Punjab Mental Hospital Lahore 1932-46 - 1932-1946
Year: 1932
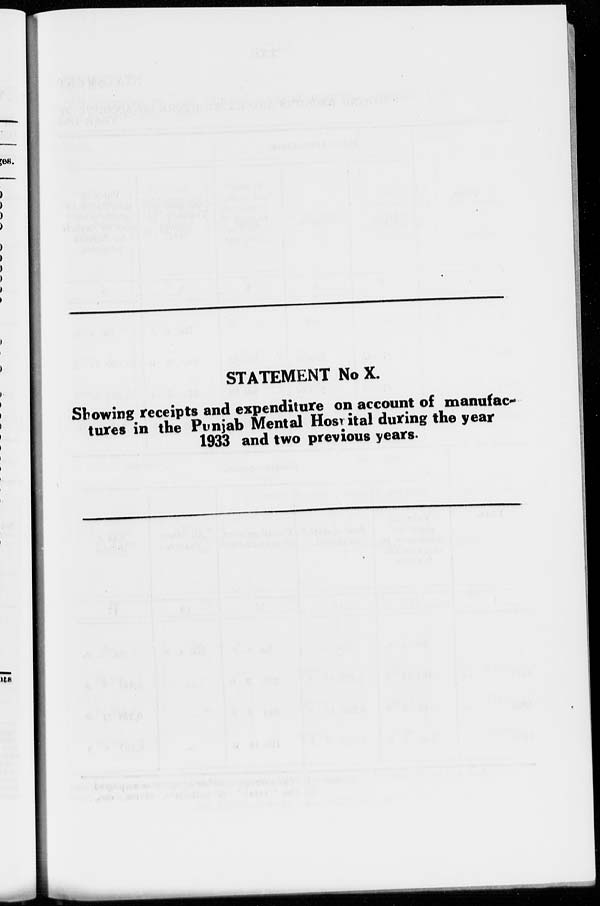
STATEMENT No X.
Showing receipts and expenditure on account of manufac-
tures in the Punjab Mental Hospital during the year
1933 and two previous years.